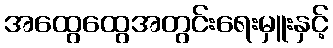
အထွေထွေအတွင်းရေးမှူးနှင့်